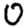
Digit: 0